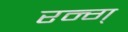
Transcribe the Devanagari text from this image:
रन्ग्